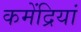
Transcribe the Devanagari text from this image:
कमेंद्रियां